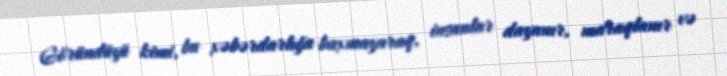
Göründüyü kimi, bu xəbərdarlığa baxmayaraq, insanlar dayanır, maraqlanır və